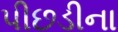
પીછડીના